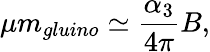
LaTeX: \mu m_{gluino}\simeq{\frac{\alpha_{3}}{4\pi}}B,